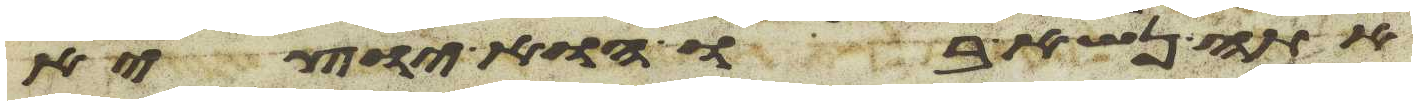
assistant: אתה נשא בו הוא יוצא